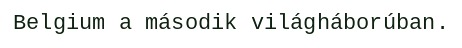
Belgium a második világháborúban.